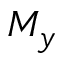
M _ { y }